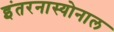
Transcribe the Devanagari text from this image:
इंतरनास्योनाल